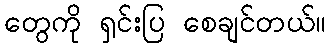
တွေကို ရှင်းပြ စေချင်တယ်။